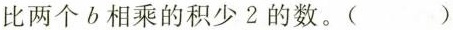
比两个b相乘的积少2的数。()